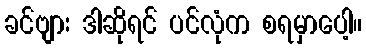
ခင်ဗျား ဒါဆိုရင် ပင်လုံက စရမှာပေါ့။